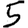
Digit: 5